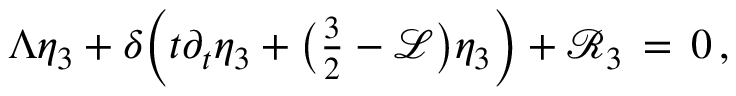
\Lambda \eta _ { 3 } + \delta \Bigl ( t \partial _ { t } \eta _ { 3 } + \bigl ( { \textstyle \frac { 3 } { 2 } } - \mathcal { L } \bigr ) \eta _ { 3 } \Bigr ) + \mathcal { R } _ { 3 } \, = \, 0 \, ,